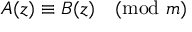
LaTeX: A ( z ) \equiv B ( z ) { \pmod { m } }